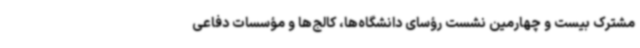
مشترک بیست و چهارمین نشست رؤسای دانشگاه‌ها، کالج‌ها و مؤسسات دفاعی